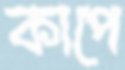
কাপে